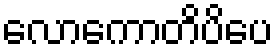
လောကောတိပိပေ